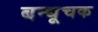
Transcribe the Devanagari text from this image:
बन्धूचक